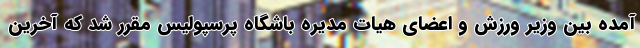
آمده بین وزیر ورزش و اعضای هیات مدیره باشگاه پرسپولیس مقرر شد که آخرین